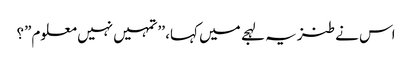
اس نے طنزیہ لہجے میں کہا، ’’تمہیں نہیں معلوم”؟